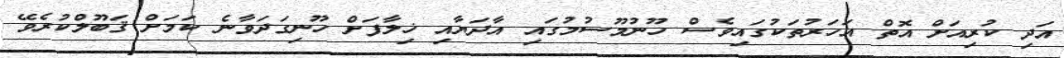
އަދި ކުރިއަށް އޮތް އަހަރުތަކުގައިވެސް ހޫނުމޫސުމުގައި އާދަޔާއި ޚިލާފަށް ހޫނިގަދަވާނެ ކަމަށް ޤަބޫލްކުރެވޭ